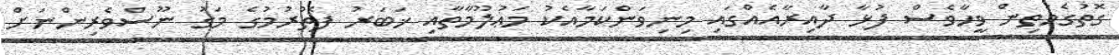
ގޮތުގެމަތިން ވީހާވެސް ފުޅާ ދާއިރާއެއްގައި މިނިވަންކަމާއެކު މަޢުލޫމާތާއި ޚަބަރު ފެތުރުމުގެ މަގު ނޫސްވެރިންނަށް